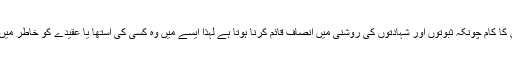
لیکن عدالتوں کا کام چونکہ ثبوتوں اور شہادتوں کی روشنی میں انصاف قائم کرنا ہوتا ہے لہٰذا ایسے میں وہ کسی کی آستھا یا عقیدے کو خاطر میں کیوں لائیں۔